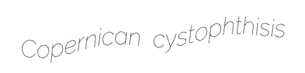
Copernican cystophthisis